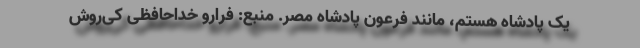
یک پادشاه هستم، مانند فرعون پادشاه مصر. منبع: فرارو خداحافظی کی‌روش